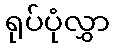
ရုပ်ပုံလွှာ